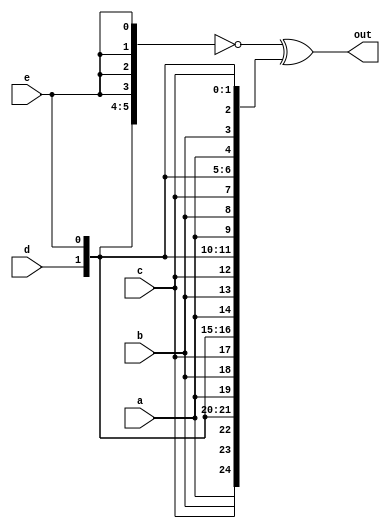
module top_module (
    input a, b, c, d, e,
    output [24:0] out );//
	
    
    assign out = ~{{5{a}},{5{b}},{5{c}},{5{d}},{5{e}}}^{{a,b,c,d,e},{a,b,c,d,e},{a,b,c,d,e},{a,b,c,d,e},{a,b,c,d,e}};
    // The output is XNOR of two vectors created by 
    // concatenating and replicating the five inputs.
    // assign out = ~{ ... } ^ { ... };

endmodule